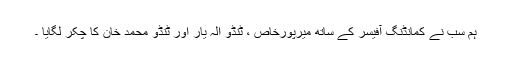
ہم سب نے کمانڈنگ آفیسر کے ساتھ میرپورخاص ، ٹنڈو الہ یار اور ٹنڈو محمد خان کا چکر لگایا ۔